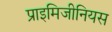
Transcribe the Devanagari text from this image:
प्राइमिजीनियस